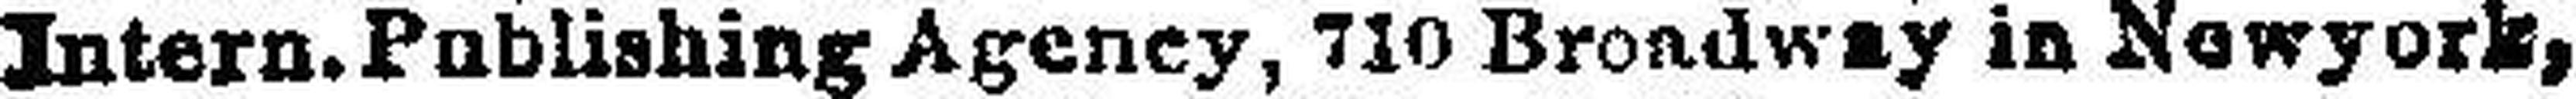
Intern. Publishing Agency, 710 Broadway in Newyork,